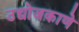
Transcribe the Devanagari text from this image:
उद्योजकाणे